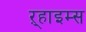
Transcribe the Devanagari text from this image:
ऱ्हाइम्स